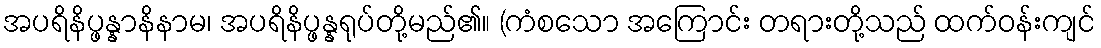
အပရိနိပ္ဖန္နာနိနာမ၊ အပရိနိပ္ဖန္နရုပ်တို့မည်၏။ (ကံစသော အကြောင်း တရားတို့သည် ထက်ဝန်းကျင်